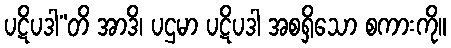
ပဋိပဒါ”တိ အာဒိ၊ ပဌမာ ပဋိပဒါ အစရှိသော စကားကို။